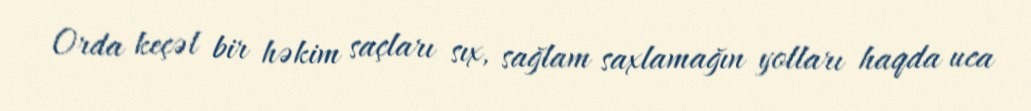
Orda keçəl bir həkim saçları sıx, sağlam saxlamağın yolları haqda uca